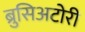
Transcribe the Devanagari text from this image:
ब्रुसिअटोरी